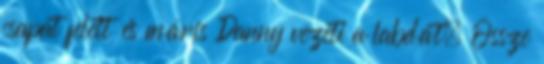
csapat felett és máris Danny vezeti a labdát. Össze